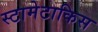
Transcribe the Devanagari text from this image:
स्टामेटाकिस